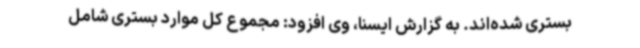
بستری شده‌اند. به گزارش ایسنا، وی افزود: مجموع کل موارد بستری شامل